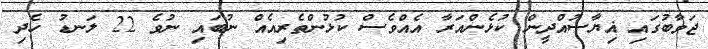
ޖަވާބުގައި ޣިޔާސުއްދީން ކުޅެންއަރާ އެއްވެސް ކުޅުންތެރިއެއް ނުބައި ނުވެ 22 ލަނޑު ހެދި